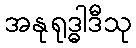
အနုရုဒ္ဓါဒီသု